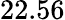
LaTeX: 22.56